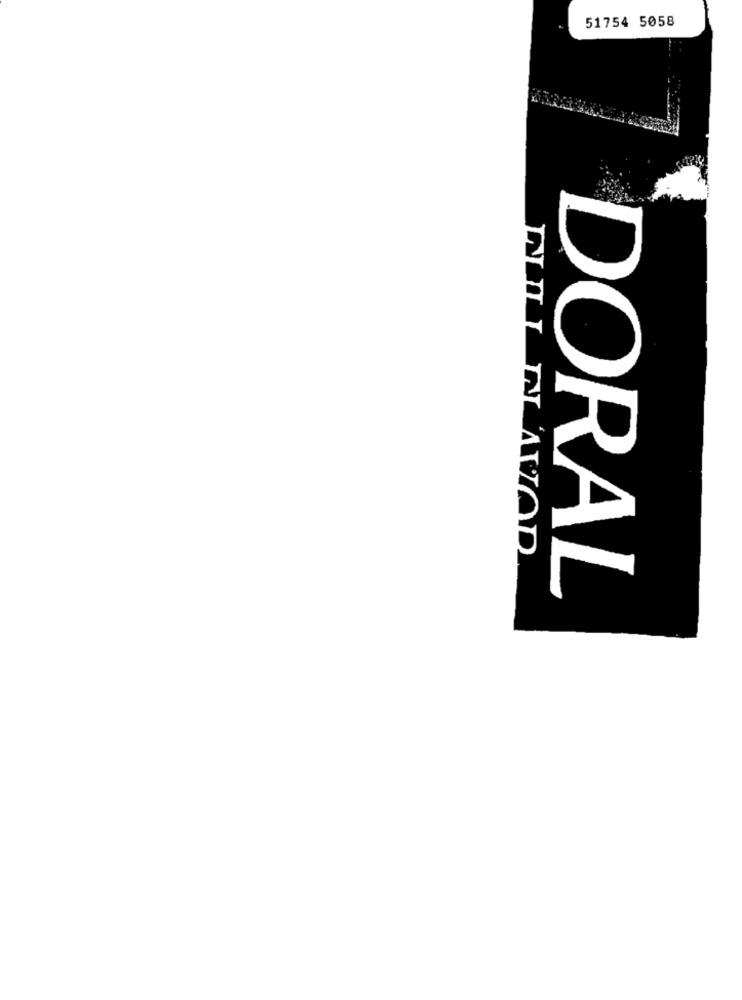
51754 5058
DORAL